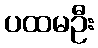
ပထမဦး